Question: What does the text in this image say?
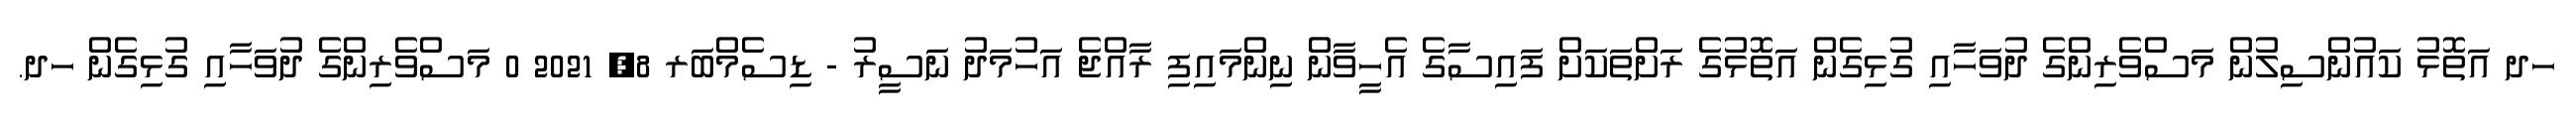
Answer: ހދ އަތޮޅު ކައުންސިލުން މަސްވެރިންގެ ދުވަހާއި ގުޅިގެން އަތޮޅުގެ ރަށްތަކަށް ފައިސާގެ އެހީވާން ނިންމައިފި ރާއްޖެ އަހުމަދު ނަސީރު - ޑިސެމްބަރ 8, 2021 0 މަސްވެރިންގެ ދުވަހާއި ގުޅިގެން ހދ.